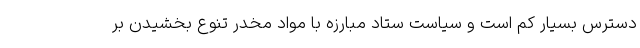
دسترس بسیار کم است و سیاست ستاد مبارزه با مواد مخدر تنوع بخشیدن بر